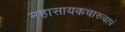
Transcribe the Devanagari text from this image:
महासायकचारुचापं